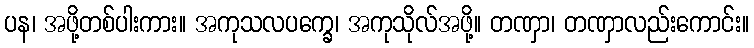
ပန၊ အဖို့တစ်ပါးကား။ အကုသလပက္ခေ၊ အကုသိုလ်အဖို့။ တဏှာ၊ တဏှာလည်းကောင်း။